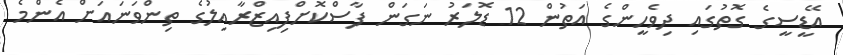
އޭޑީސީގެ ގޮތުގައި ދިވެހީންގެ އަތުން 12 ޑޮލަރު ނަގަން ފާސްކޮށްފިއިޒްރާއިލުގެ ތިންވަނައަށް އެންމެ